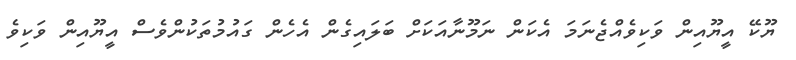
ޔޫކޭ އީޔޫއިން ވަކިވެއްޖެނަމަ އެކަން ނަމޫނާއަކަށް ބަލައިގެން އެހެން ގައުމުތަކުންވެސް އީޔޫއިން ވަކިވެ